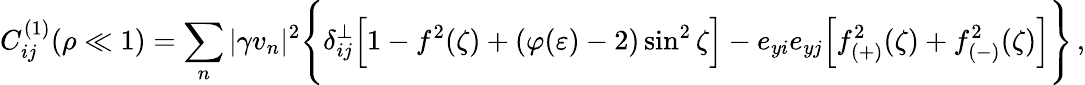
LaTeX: C_{ij}^{(1)}(\rho\ll 1)=\sum_{n}^{}|\gamma v_{n}|^{2}\Biggl\{ \delta_{ij}^{\perp}\Bigl[1-f^{2}(\zeta)+(\varphi(\varepsilon)-2)\sin^{2}\zeta\Bigr]-e_{yi}e_{yj}\Bigl[f_{(+)}^{2}(\zeta)+f_{(-)}^{2}(\zeta)\Bigr]\Biggr\} \, ,